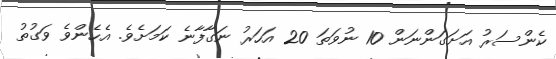
ކެންސަރު އަށަގަންނަން 10 ނުވަތަ 20 އަހަރު ނަގާފާނެ ކަމަށެވެ. އެހެންވެ ވަގުތު